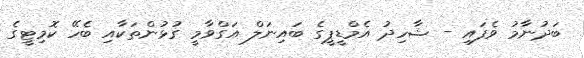
ބަދުނާމު ވެފައި - ޝާހިދު އެމްޑީޕީގެ ބައިނަލް އަގްވާމީ ގުޅުންތަކާއި ބެހޭ ކޮމިޓީގެ